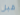
قبل